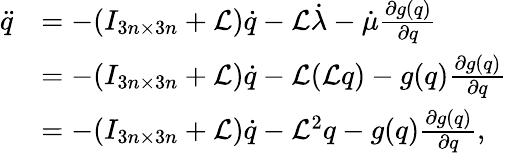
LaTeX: \begin{array}{rl}{\ddot{q}}&{=-(I_{3n\times 3n}+\mathcal{L})\dot{q}-\mathcal{L}\dot{\lambda}-\dot{\mu}\frac{\partial g(q)}{\partial q}}\\ &{=-(I_{3n\times 3n}+\mathcal{L})\dot{q}-\mathcal{L}(\mathcal{L}q)-g(q)\frac{\partial g(q)}{\partial q}}\\ &{=-(I_{3n\times 3n}+\mathcal{L})\dot{q}-\mathcal{L}^{2}q-g(q)\frac{\partial g(q)}{\partial q},}\end{array}